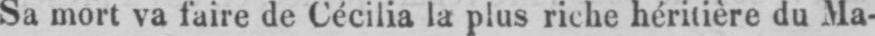
Sa mort va faire de Cécilia la plus riche héritière du Ma-